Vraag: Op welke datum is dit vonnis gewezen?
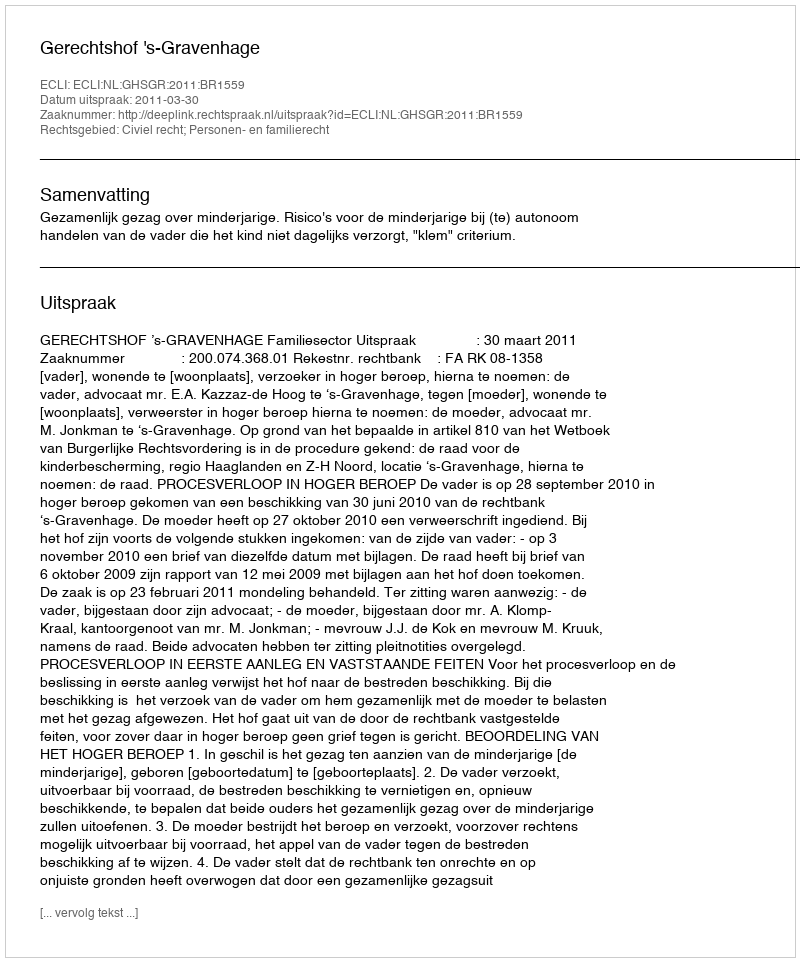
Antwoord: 2011-03-30